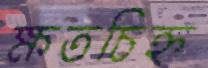
ক্ষতচিহ্ন